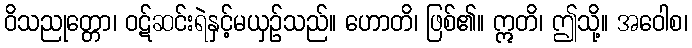
ဝိသညုတ္တော၊ ဝဋ်ဆင်းရဲနှင့်မယှဉ်သည်။ ဟောတိ၊ ဖြစ်၏။ ဣတိ၊ ဤသို့။ အဝေါစ၊